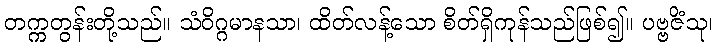
တက္ကတွန်းတို့သည်။ သံဝိဂ္ဂမာနသာ၊ ထိတ်လန့်သော စိတ်ရှိကုန်သည်ဖြစ်၍။ ပဗ္ဗဇိံသု၊